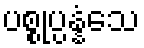
ပစ္စုပ္ပန္နံသေ